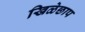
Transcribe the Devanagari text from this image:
खिळेछाप